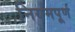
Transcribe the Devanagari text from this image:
नियमपूर्ण